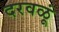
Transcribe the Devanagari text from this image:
दरवळूं